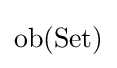
{\text{ob}}({\text{Set}})